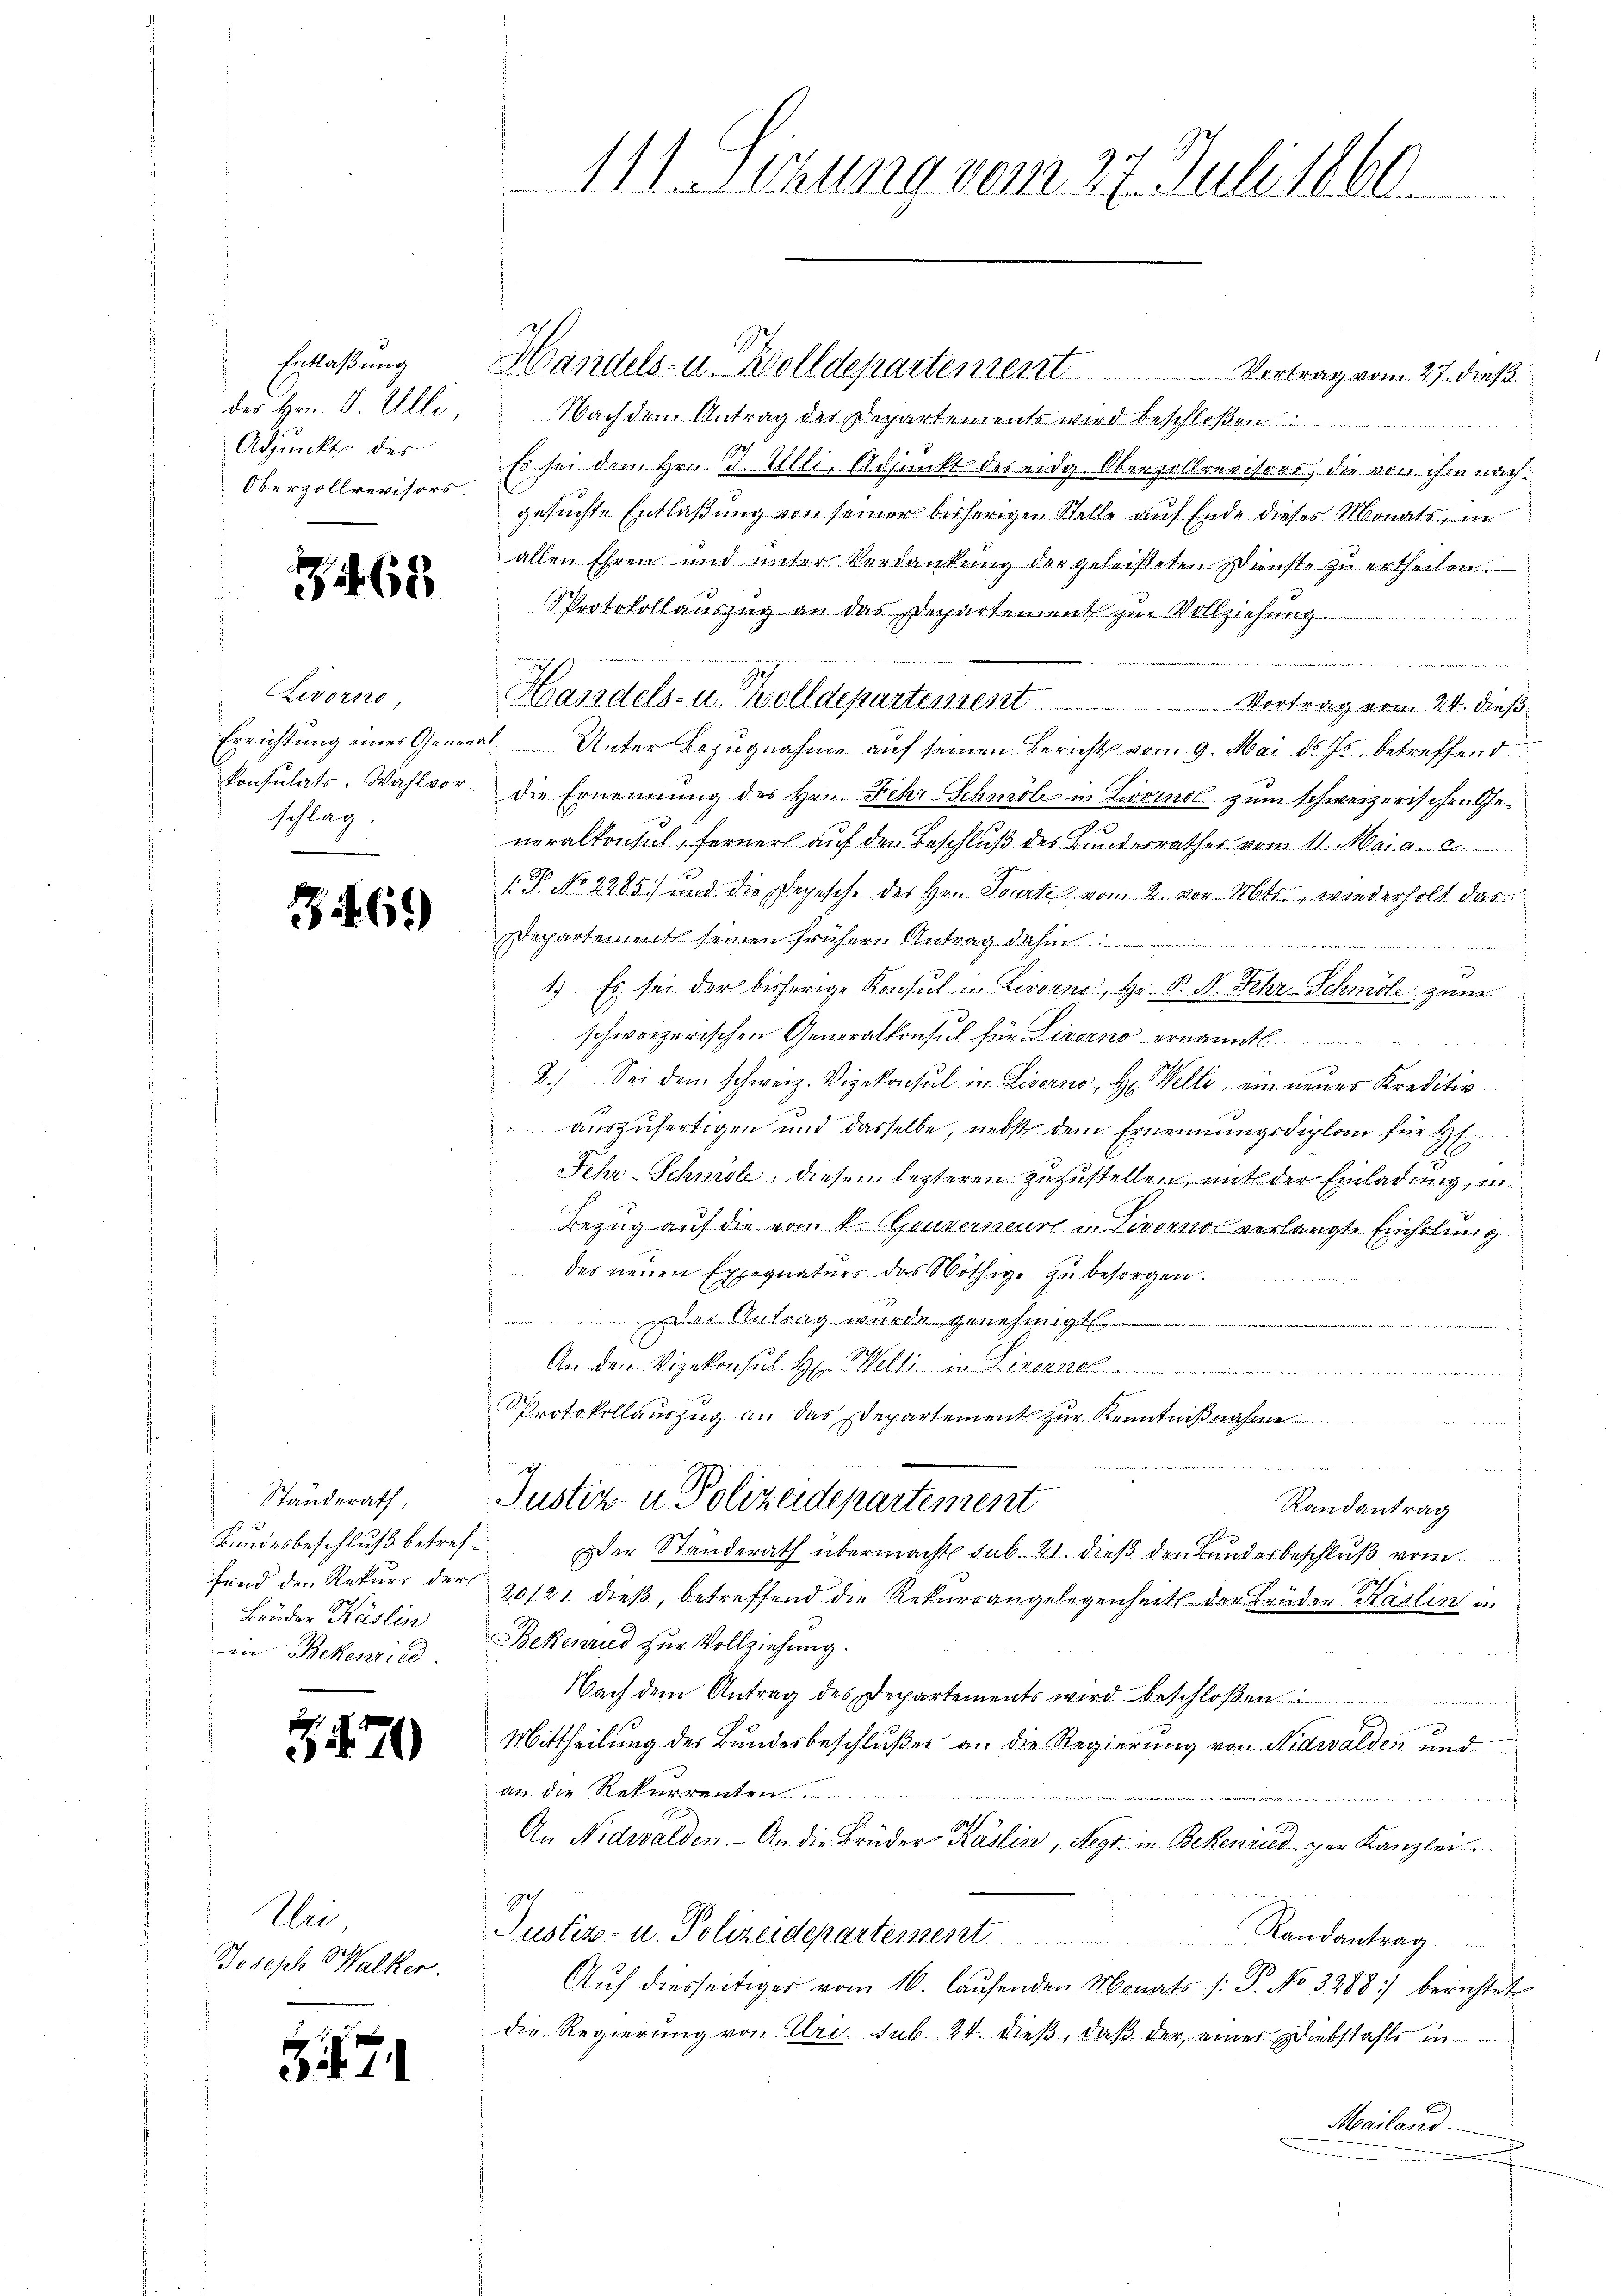
des Hrn. J. Elli,
Adjunkte des
Oberzollrevisors.

462

Zivorno,
konsulats. Wahlvor-
schlag.

26.)

Standerath,
Bundesbeschluß betreffend den Rekurs der
Brüder Käslin
in Bekenried

3470

71

ii
Joseph Walker.

111. Sitzung vom 27. Juli 1860.

Nach dem Antrag des Departements wird beschloße
Es sei dem Hrn. J. Willi, Adjunkt des eidg. Oberzollrevisors, die von ihm nachgesuchte Entlaßung von seiner bisherigen Stelle auf Ende dieses Monats, in
allen Ehren und unter Verdankung der geleisteten Dienste zu ertheilen.
Protokollauszug an das Departement zur Vollziehung
.
Handels- u. Zolldepartement . . . . . . . . . . . . . . . . . . . . . . . . . Vortrag vom 24. dieß
Errichtung eines General-Unter Bezugnahme auf seinen Berichts vom 9. Mai d. Js. betreffend
die Ernennung des Hrn. Fehr Schmöle in Livornol zum schweizerischen Generalkonsul, ferner auf den Beschluß des Bundesrathes vom 11. Mai a. c.
.P. No 2285) und die Depesche des Hrn. Sonnte vom 2. vor. Mts., wiederholt das
Departement seinen frühern Antrag dahin
eger die

1.) Es sei der bisherige Konsul in Livorno, Hr. P. N. Sehr Schmöle zum
schweizerischen Generalkonsul für Livorno ernannt
2.) Sei dem schweiz. Vizekonsul in Livorno, H. Welti, ein neues Kreditio
auszufertigen und dasselbe, nebst dem Ernennungsdiplan für H
ehr-Schmöle, diesem lezteren zuzustellen, mit der Einladung, in
Bezug auf die vom k. Gouverneur u. Livorno verlangte Einholung
des neuen Exegnaturs das Nöthige zu besorgen.
 tag wurde genehmigt.
An den Vizekonsul Hr Welti in Leben
Protokollauszug an das Departement zur Kenntnißnahme

Justiz- u. Polizeidepartement
Randantrag
Der Standerath übermacht sub. 21. dieß den Bundesbeschluß vom
20/21 dieß, betreffend die Rekurrangelegenheit der Bruden Käslin in
Bekenrad zur Vollziehung.
Nach dem Antrag des Departements wird beschloßen
Mittheilung des Bundesbeschlußes an die Regierung von Nidwalden und
an die Rekurrenten
f
An Nidwalden. An die Brüder Käslin, Regr. in Bekenried, per Kanzlei.
Justiz- u. Polizeidepartemen
Randantrag
Aŭf diesseitiger vom 16. laŭfenden Monats /: P. No 3288 :/ berichtet
die Regierung von Uri. sub 24. dieß, daß der einer Diebstahls in
Mailand

Entlaßung Handels- u. Wolldepartement Vortrag vom 27. dieß